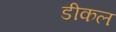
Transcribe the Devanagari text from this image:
डीकल